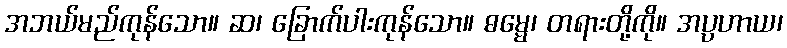
အဘယ်မည်ကုန်သော။ ဆ၊ ခြောက်ပါးကုန်သော။ ဓမ္မေ၊ တရားတို့ကို။ အပ္ပဟာယ၊